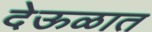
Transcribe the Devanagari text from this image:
देऊळात